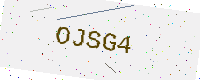
Text: OJSG4